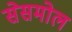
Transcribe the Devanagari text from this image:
सेसमोल